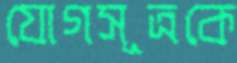
যোগসূত্রকে